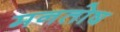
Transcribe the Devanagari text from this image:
मनतोष